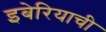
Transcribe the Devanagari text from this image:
इबेरियाची